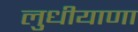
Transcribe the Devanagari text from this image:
लुधीयाणा